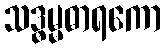
သဒ္ဓမ္မဓာရကော